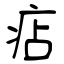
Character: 痁